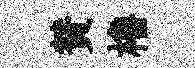
賛櫓